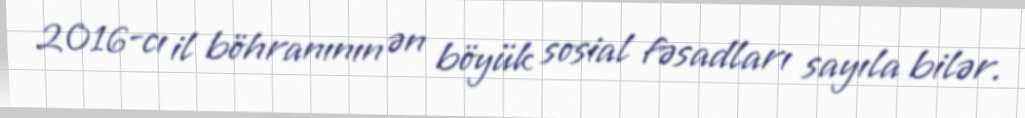
2016-cı il böhranının ən böyük sosial fəsadları sayıla bilər.